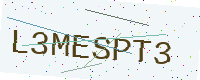
Text: L3MESPT3